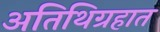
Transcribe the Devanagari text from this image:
अतिथिग्रहात